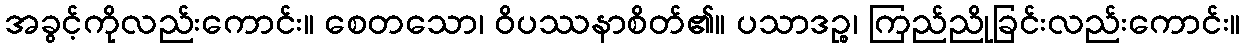
အခွင့်ကိုလည်းကောင်း။ စေတသော၊ ဝိပဿနာစိတ်၏။ ပသာဒဉ္စ၊ ကြည်ညိုခြင်းလည်းကောင်း။